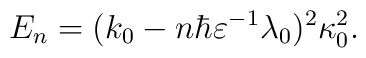
E_n = (k_0-n\hbar \varepsilon^{-1}\lambda_0)^2\kappa_0^2.